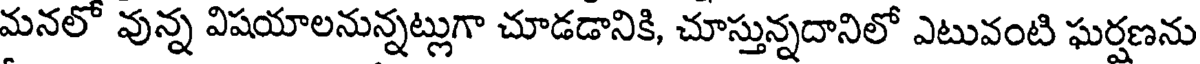
మనలో వున్న విషయాలనున్నట్లుగా చూడడానికి, చూస్తున్నదానిలో ఎటువంటి ఘర్షణను